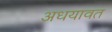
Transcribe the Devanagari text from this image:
अधयावत